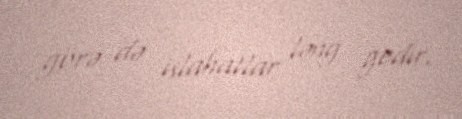
görə də islahatlar ləng gedir.